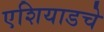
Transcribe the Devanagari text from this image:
एशियाडचे